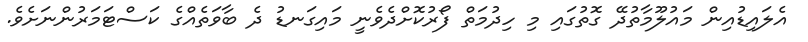
އެލައިޑުއިން މައުލޫމާތުދޭ ގޮތުގައި މި ހިދުމަތް ފޯރުކޮށްދެވެނީ މައިގަނޑު ދެ ބާވަތެއްގެ ކަސްޓަމަރުންނަށެވެ.